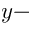
y -